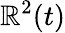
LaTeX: \mathbb{R}^{2}(t)